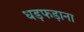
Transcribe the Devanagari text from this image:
धड़फड़ाना